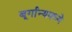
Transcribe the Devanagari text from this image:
बूर्गान्यमध्ये